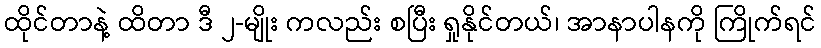
ထိုင်တာနဲ့ ထိတာ ဒီ ၂-မျိုး ကလည်း စပြီး ရှုနိုင်တယ်၊ အာနာပါနကို ကြိုက်ရင်